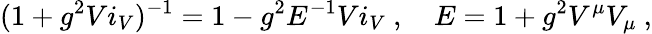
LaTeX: (1+g^{2}Vi_{V})^{-1}=1-g^{2}E^{-1}Vi_{V}\ ,\quad E=1+g^{2}V^{\mu}V_{\mu}\ ,